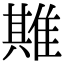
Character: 𨿣